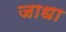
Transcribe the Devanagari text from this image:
जाधा